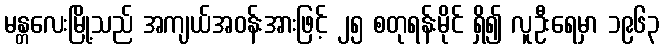
မန္တလေးမြို့သည် အကျယ်အဝန်းအားဖြင့် ၂၅ စတုရန်းမိုင် ရှိ၍ လူဦးရေမှာ ၁၉၆၃